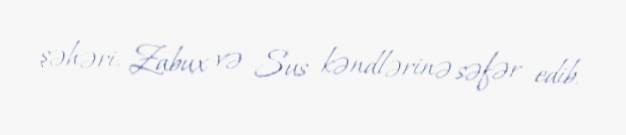
şəhəri, Zabux və Sus kəndlərinə səfər edib.